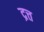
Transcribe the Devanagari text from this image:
द्रत्त